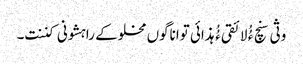
وثی سنچ ءُُ لائقی ءُُ ہذائی تواناگوں مخلوکے راہشونی کننت۔